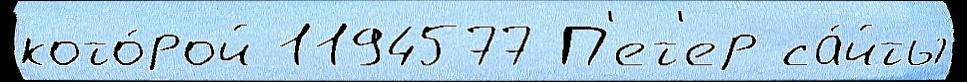
кото́рой 1194577 П'ет'ер са́йты